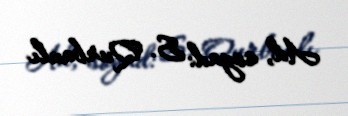
Ad, soyad: S. Qurbanlı